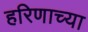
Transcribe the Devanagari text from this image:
हरिणाच्या